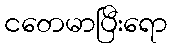
ငတေမာပြီးရော